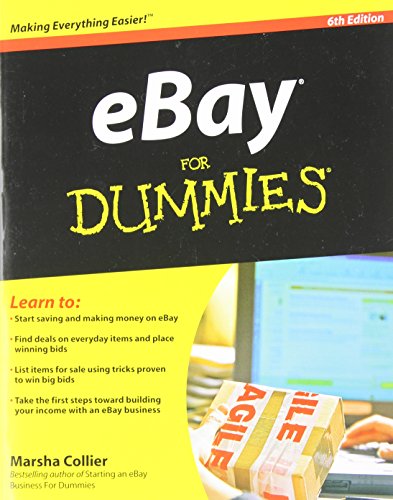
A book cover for eBay For Dummies; Marsha Collier; Computers & Technology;